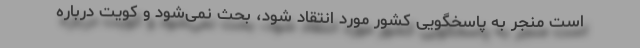
است منجر به پاسخگویی کشور مورد انتقاد شود، بحث نمی‌شود و کویت درباره